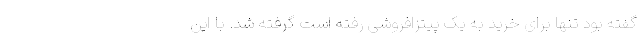
گفته بود تنها برای خرید به یک پیتزافروشی رفته است گرفته شد. با این